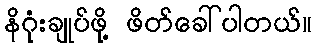
နိဂုံးချုပ်ဖို့ ဖိတ်ခေါ်ပါတယ်။